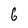
Character: G